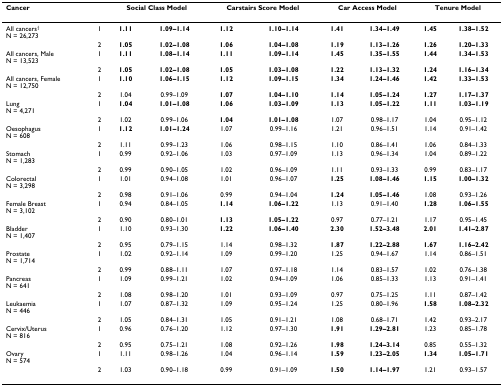
<table><thead><tr><td><b>Cancer</b></td><td></td><td colspan="2"><b>Social Class Model</b></td><td colspan="2"><b>Carstairs Score Model</b></td><td colspan="2"><b>Car Access Model</b></td><td colspan="2"><b>Tenure Model</b></td></tr></thead><tbody><tr><td>All cancers<sup>†</sup>N = 26,273</td><td>1</td><td><b>1.11</b></td><td><b>1.09–1.14</b></td><td><b>1.12</b></td><td><b>1.10–1.14</b></td><td><b>1.41</b></td><td><b>1.34–1.49</b></td><td><b>1.45</b></td><td><b>1.38–1.52</b></td></tr><tr><td></td><td>2</td><td><b>1.05</b></td><td><b>1.02–1.08</b></td><td><b>1.06</b></td><td><b>1.04–1.08</b></td><td><b>1.19</b></td><td><b>1.13–1.26</b></td><td><b>1.26</b></td><td><b>1.20–1.33</b></td></tr><tr><td>All cancers, MaleN = 13,523</td><td>1</td><td><b>1.11</b></td><td><b>1.08–1.14</b></td><td><b>1.11</b></td><td><b>1.09–1.14</b></td><td><b>1.45</b></td><td><b>1.35–1.55</b></td><td><b>1.44</b></td><td><b>1.34–1.53</b></td></tr><tr><td></td><td>2</td><td><b>1.05</b></td><td><b>1.02–1.08</b></td><td><b>1.05</b></td><td><b>1.03–1.08</b></td><td><b>1.22</b></td><td><b>1.13–1.32</b></td><td><b>1.24</b></td><td><b>1.16–1.34</b></td></tr><tr><td>All cancers, FemaleN = 12,750</td><td>1</td><td><b>1.10</b></td><td><b>1.06–1.15</b></td><td><b>1.12</b></td><td><b>1.09–1.15</b></td><td><b>1.34</b></td><td><b>1.24–1.46</b></td><td><b>1.42</b></td><td><b>1.33–1.53</b></td></tr><tr><td></td><td>2</td><td>1.04</td><td>0.99–1.09</td><td><b>1.07</b></td><td><b>1.04–1.10</b></td><td><b>1.14</b></td><td><b>1.05–1.24</b></td><td><b>1.27</b></td><td><b>1.17–1.37</b></td></tr><tr><td>LungN = 4,271</td><td>1</td><td><b>1.04</b></td><td><b>1.01–1.08</b></td><td><b>1.06</b></td><td><b>1.03–1.09</b></td><td><b>1.13</b></td><td><b>1.05–1.22</b></td><td><b>1.11</b></td><td><b>1.03–1.19</b></td></tr><tr><td></td><td>2</td><td>1.02</td><td>0.99–1.06</td><td><b>1.04</b></td><td><b>1.01–1.08</b></td><td>1.07</td><td>0.98–1.17</td><td>1.04</td><td>0.95–1.12</td></tr><tr><td>OesophagusN = 608</td><td>1</td><td><b>1.12</b></td><td><b>1.01–1.24</b></td><td>1.07</td><td>0.99–1.16</td><td>1.21</td><td>0.96–1.51</td><td>1.14</td><td>0.91–1.42</td></tr><tr><td></td><td>2</td><td>1.11</td><td>0.99–1.23</td><td>1.06</td><td>0.98–1.15</td><td>1.10</td><td>0.86–1.41</td><td>1.06</td><td>0.84–1.33</td></tr><tr><td>StomachN = 1,283</td><td>1</td><td>0.99</td><td>0.92–1.06</td><td>1.03</td><td>0.97–1.09</td><td>1.13</td><td>0.96–1.34</td><td>1.04</td><td>0.89–1.22</td></tr><tr><td></td><td>2</td><td>0.99</td><td>0.90–1.05</td><td>1.02</td><td>0.96–1.09</td><td>1.11</td><td>0.93–1.33</td><td>0.99</td><td>0.83–1.17</td></tr><tr><td>ColorectalN = 3,298</td><td>1</td><td>1.01</td><td>0.94–1.08</td><td>1.01</td><td>0.96–1.07</td><td><b>1.25</b></td><td><b>1.08–1.46</b></td><td><b>1.15</b></td><td><b>1.00–1.32</b></td></tr><tr><td></td><td>2</td><td>0.98</td><td>0.91–1.06</td><td>0.99</td><td>0.94–1.04</td><td><b>1.24</b></td><td><b>1.05–1.46</b></td><td>1.08</td><td>0.93–1.26</td></tr><tr><td>Female BreastN = 3,102</td><td>1</td><td>0.94</td><td>0.84–1.05</td><td><b>1.14</b></td><td><b>1.06–1.22</b></td><td>1.13</td><td>0.91–1.40</td><td><b>1.28</b></td><td><b>1.06–1.55</b></td></tr><tr><td></td><td>2</td><td>0.90</td><td>0.80–1.01</td><td><b>1.13</b></td><td><b>1.05–1.22</b></td><td>0.97</td><td>0.77–1.21</td><td>1.17</td><td>0.95–1.45</td></tr><tr><td>BladderN = 1,407</td><td>1</td><td>1.10</td><td>0.93–1.30</td><td><b>1.22</b></td><td><b>1.06–1.40</b></td><td><b>2.30</b></td><td><b>1.52–3.48</b></td><td><b>2.01</b></td><td><b>1.41–2.87</b></td></tr><tr><td></td><td>2</td><td>0.95</td><td>0.79–1.15</td><td>1.14</td><td>0.98–1.32</td><td><b>1.87</b></td><td><b>1.22–2.88</b></td><td><b>1.67</b></td><td><b>1.16–2.42</b></td></tr><tr><td>ProstateN = 1,714</td><td>1</td><td>1.02</td><td>0.92–1.14</td><td>1.09</td><td>0.99–1.20</td><td>1.25</td><td>0.94–1.67</td><td>1.14</td><td>0.86–1.51</td></tr><tr><td></td><td>2</td><td>0.99</td><td>0.88–1.11</td><td>1.07</td><td>0.97–1.18</td><td>1.14</td><td>0.83–1.57</td><td>1.02</td><td>0.76–1.38</td></tr><tr><td>PancreasN = 641</td><td>1</td><td>1.09</td><td>0.99–1.21</td><td>1.02</td><td>0.94–1.09</td><td>1.06</td><td>0.85–1.33</td><td>1.13</td><td>0.91–1.41</td></tr><tr><td></td><td>2</td><td>1.08</td><td>0.98–1.20</td><td>1.01</td><td>0.93–1.09</td><td>0.97</td><td>0.75–1.25</td><td>1.11</td><td>0.87–1.42</td></tr><tr><td>LeukaemiaN = 446</td><td>1</td><td>1.07</td><td>0.87–1.32</td><td>1.09</td><td>0.95–1.24</td><td>1.25</td><td>0.80–1.96</td><td><b>1.58</b></td><td><b>1.08–2.32</b></td></tr><tr><td></td><td>2</td><td>1.05</td><td>0.84–1.31</td><td>1.05</td><td>0.91–1.21</td><td>1.08</td><td>0.68–1.71</td><td>1.42</td><td>0.93–2.17</td></tr><tr><td>Cervix/UterusN = 816</td><td>1</td><td>0.96</td><td>0.76–1.20</td><td>1.12</td><td>0.97–1.30</td><td><b>1.91</b></td><td><b>1.29–2.81</b></td><td>1.23</td><td>0.85–1.78</td></tr><tr><td></td><td>2</td><td>0.95</td><td>0.75–1.21</td><td>1.08</td><td>0.92–1.26</td><td><b>1.98</b></td><td><b>1.24–3.14</b></td><td>0.85</td><td>0.55–1.32</td></tr><tr><td>OvaryN = 574</td><td>1</td><td>1.11</td><td>0.98–1.26</td><td>1.04</td><td>0.96–1.14</td><td><b>1.59</b></td><td><b>1.23–2.05</b></td><td><b>1.34</b></td><td><b>1.05–1.71</b></td></tr><tr><td></td><td>2</td><td>1.03</td><td>0.90–1.18</td><td>0.99</td><td>0.91–1.09</td><td><b>1.50</b></td><td><b>1.14–1.97</b></td><td>1.21</td><td>0.93–1.57</td></tr></tbody></table>